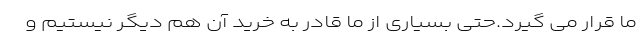
ما قرار می گیرد.حتی بسیاری از ما قادر به خرید آن هم ديگر نیستیم و